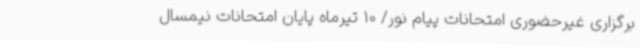
برگزاری غیرحضوری امتحانات پیام نور/ 10 تیرماه پایان امتحانات نیمسال